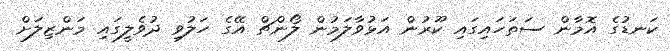
ކަނޑުގެ އޮމާން ސަތަހައިގައި ކޫރުން އަޅުވާލަމުން ލޯންޗް އޭގެ ހަލުވި ދުވެލީގައި މަންޒިލަށް